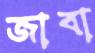
জাবা